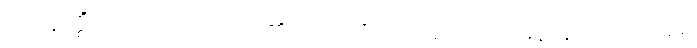
ယံ ဣတ္ထိံ၊ ကို။ ဩဘာသတိ၊ ၏။ သာ၊ ထိုပြောအပ်သော မိန်းမသည်။ သစေ